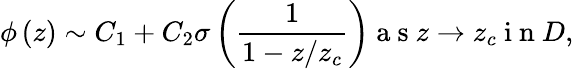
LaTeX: \phi\left(z\right)\sim C_{1}+C_{2}\sigma\left(\frac{1}{1-z/z_{c}}\right)\mathrm{~a~s~}z\rightarrow z_{c}\mathrm{~i~n~}D,